Medical and sanitary report of the native army of Bengal for the year
Year: 1874
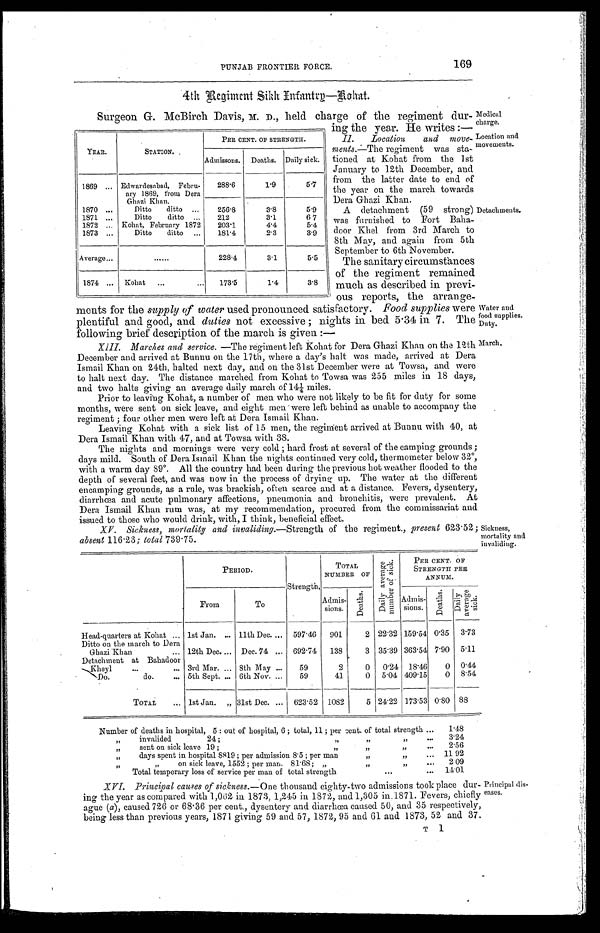
Medical
charge.
Location and
movements.
Detachments.
Water and
food supplies.
Duty.
March.
PUNJAB FRONTIER FORCE.
169
4th Regiment Sikh Infantry—Rohat.
Surgeon G. McBirch Davis, M. D., held charge of the regiment dur
-
ing the year. He writes :-
II. Location and
move - ments.-The regiment was sta-
- tioned at Kohat from the 1st
January to 12th December, and
from the latter date to end of
the year on the march towards
Dera Ghazi Khan.
A detachment (59 strong)
was furnished to Fort Baha
-
door Khel from 3rd March to
8th May, and again from 5th
September to 6th November.
The sanitary circumstances
of the regiment remained
much as described in previ
-
ous reports, the arrange-
ments for the supply of water used
pronounced satisfactory. Food supplies were
plentiful and good, and. duties not excessive nights in bed 5.34 in 7. The
following brief description of the march is given :—
XIIII.
Marches and service. —The regiment left Kohat for Dera Ghazi Khan on the 12th
December and arrived at Bunnu on the 17th, where a day's halt was made, arrived at Dera
Ismail Khan on 24th, halted next day, and on the 31st December were at Towsa, and were
to halt next day. The distance marched from Kohat to Towsa was 255 miles in 18 days,
and two halts giving an average daily march of 141/4 miles.
Prior to leaving Kohat, a number of men who were not likely to be fit for duty for some
months, were sent on sick leave, and eight men were left behind as unable to accompany the
regiment ; four other men were left at Dera Ismail Khan.
Leaving Kohat with a sick list of 15 men, the regiment arrived at Bunnu with 40, at
Dera Ismail Khanwith 47, and at Towsa with 38.
The nights and mornings were very cold ; hard frost at several of the camping grounds ;
days mild. South of Dera Ismail Khan the nights continued very cold, thermometer below 32°,
with a warm day 89°. All the country had been during the previous hot weather flooded to the
depth of several feet, and was now in the process of drying up. The water at the different
encamping grounds, as a rule, was brackish, often scarce and at a distance. Fevers, dysentery,
diarrhœa and acute pulmonary affections, pneumonia and bronchitis, were prevalent. At
Dera Ismail Khan rum was, at my recommendation, procured from the commissariat and
issued to those who would drink, with, I think, beneficial effect.
YEAR.
STATION. ,
PER CENT. OF STRENGTH.
Admissons. Deaths. Daily sick.
1869 ... Edwardesabad, Febru.
ary 1869, from Dera
Ghazi Khan.
288.6
1.9
5.7
1870 ...
Ditto
ditto ...
2 5 6 . 8 3.8
5.9
1871 ...
Ditto
ditto ...
212
3.1
6 7
1872 ... Kohat, February 1872
203.1
4.4
5.4
1873 ...
Ditto
ditto...
181.4
2.3
3.9
Average...
. . . . . .
228.4
3.1
5.5
1874 ... Kohat ......
173.5
1.4
3.8
XV.
Sickness, mortality and invaliding. —Strength of the regiment., present 623.52;
absent 116.23; total 739.75.
PERIOD.
Strength.
TOTAL
NUMBER OF
D a i l y a v e r a g e n u m b e r o f s i c k .
PER CENT. or
STRENGTH PER
ANNULI.
From
To
Admis-sions.
D e a t h s .
A d m i s - s i o n s .
Deat hs.
D a i l y a v e r a g e s i c k .
Head-quarters at Kohat ... 1st Jan. ... 11th Dec. ... 597.46 901
2 22.32 159.54 0.35 3.73
Ditto on the march to Dera
Ghazi Khan
... 12th Dec.... Dec. 74 ... 692.74 138
3 35.39 363.54 7.90 5.11
Detachment at Bahadoor
Khey1
...
... 3rd Mar. ... 8th May ...
59
2
0 0.24 18.46
0 0.44
Do.
do.
... 5th Sept. ... 6th Nov. ...
59
41
0 5.04 409.15
0 8.54
TOTAL
... 1st Jan.
. . .
31st Dec. ... 623.52 1082
5 24.22 173.53 0.80 88
Sickness,
mortality and
invaliding.
Number of deaths in hospital, 5 : out of hospital, 6 ; total, 11 ; per cent. of total strength ...
1 . 4 8
, , i n v a l i d e d 2 4 ; , , , , , ,
13
37
...
3 . 2 4
, , s e n t o n s i c k l e a v e 1 9 ; , , , , , , ,
31
31
. . .
2 . 5 6
,,
days spent in hospital 8819 ; per admission 8.5 ; per man
,,
,,
. . .
1 1 9 2
,,
,,
on sick leave, 1552 ; per man. 81.68 ; „
,,
,,
. . .
2 . 0 9
Total temporary loss of service per man of total strength
...
1 4 . 0 1
XVI. Principal causes of sickness. —One thousand eighty-two admissions took place dur-
ing the year as compared with 1,062 in 1873, 1,245 in 1872, and 1,305 in 1871. Fevers, chiefly
ague (a), caused 726 or 68.36 per cent., dysentery and diarrhœa caused 50, and 35 respectively,
being less than previous years, 1871 giving 59 and 57, 1872, 95 and 61 and 1873, 52 and 37.
T 1
Principal dis-
eases.